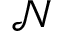
\mathcal { N }